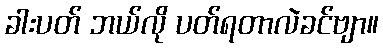
ခါးပတ် ဘယ်လို ပတ်ရတာလဲခင်ဗျာ။